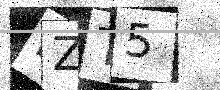
Text: LZT5